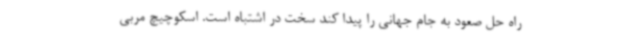
راه حل صعود به جام جهانی را پیدا کند سخت در اشتباه است. اسکوچیچ مربی